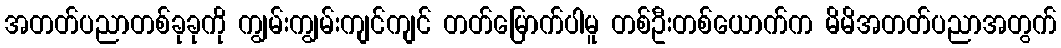
အတတ်ပညာတစ်ခုခုကို ကျွမ်းကျွမ်းကျင်ကျင် တတ်မြောက်ပါမူ တစ်ဦးတစ်ယောက်က မိမိအတတ်ပညာအတွက်